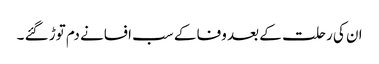
ان کی رحلت کے بعد وفا کے سب افسانے دم توڑ گئے ۔